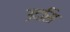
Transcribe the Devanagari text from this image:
उदसि